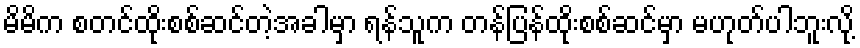
မိမိက စတင်ထိုးစစ်ဆင်တဲ့အခါမှာ ရန်သူက တန်ပြန်ထိုးစစ်ဆင်မှာ မဟုတ်ပါဘူးလို့